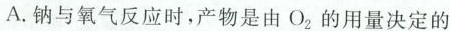
A.钠与氧气反应时，产物是由O_{2}的用量决定的